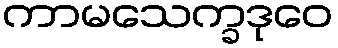
ကာမသေက္ခဒုဝေ